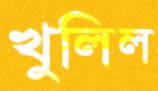
খুলিল